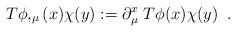
LaTeX: \begin{align*}T\phi,_{\mu}(x)\chi(y) := \partial_{\mu}^{x} \;T\phi(x)\chi(y)\;\;. \end{align*}